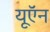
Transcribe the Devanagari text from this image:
यूऍन